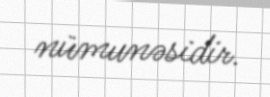
nümunəsidir.